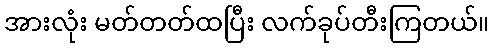
အားလုံး မတ်တတ်ထပြီး လက်ခုပ်တီးကြတယ်။